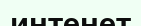
интенет